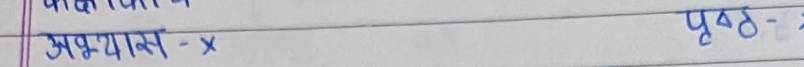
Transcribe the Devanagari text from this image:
अभ्यास - x
पृष्ठ - २